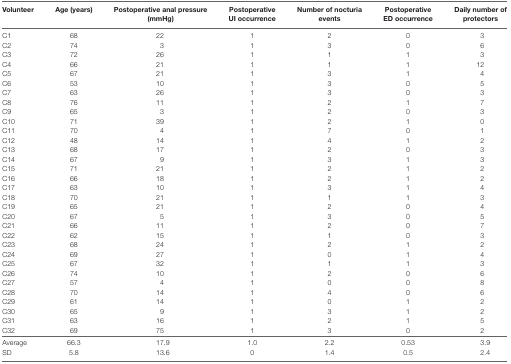
| Volunteer | Age (years) | Postoperative anal pressure (mmHg) | Postoperative UI occurrence | Number of nocturia events | Postoperative ED occurrence | Daily number of protectors |
 | --- | --- | --- | --- | --- | --- | --- |
 | C1 | 68 | 22 | 1 | 2 | 0 | 3 |
 | C2 | 74 | 3 | 1 | 3 | 0 | 6 |
 | C3 | 72 | 26 | 1 | 1 | 1 | 3 |
 | C4 | 66 | 21 | 1 | 1 | 1 | 12 |
 | C5 | 67 | 21 | 1 | 3 | 1 | 4 |
 | C6 | 53 | 10 | 1 | 3 | 0 | 5 |
 | C7 | 63 | 26 | 1 | 3 | 0 | 3 |
 | C8 | 76 | 11 | 1 | 2 | 1 | 7 |
 | C9 | 65 | 3 | 1 | 2 | 0 | 3 |
 | C10 | 71 | 39 | 1 | 2 | 1 | 0 |
 | C11 | 70 | 4 | 1 | 7 | 0 | 1 |
 | C12 | 48 | 14 | 1 | 4 | 1 | 2 |
 | C13 | 68 | 17 | 1 | 2 | 0 | 3 |
 | C14 | 67 | 9 | 1 | 3 | 1 | 3 |
 | C15 | 71 | 21 | 1 | 2 | 1 | 2 |
 | C16 | 66 | 18 | 1 | 2 | 1 | 2 |
 | C17 | 63 | 10 | 1 | 3 | 1 | 4 |
 | C18 | 70 | 21 | 1 | 1 | 1 | 3 |
 | C19 | 65 | 21 | 1 | 2 | 0 | 4 |
 | C20 | 67 | 5 | 1 | 3 | 0 | 5 |
 | C21 | 66 | 11 | 1 | 2 | 0 | 7 |
 | C22 | 62 | 15 | 1 | 1 | 0 | 3 |
 | C23 | 68 | 24 | 1 | 2 | 1 | 2 |
 | C24 | 69 | 27 | 1 | 0 | 1 | 4 |
 | C25 | 67 | 32 | 1 | 1 | 1 | 3 |
 | C26 | 74 | 10 | 1 | 2 | 0 | 6 |
 | C27 | 57 | 4 | 1 | 0 | 0 | 8 |
 | C28 | 70 | 14 | 1 | 4 | 0 | 6 |
 | C29 | 61 | 14 | 1 | 0 | 1 | 2 |
 | C30 | 65 | 9 | 1 | 3 | 1 | 2 |
 | C31 | 63 | 16 | 1 | 2 | 1 | 5 |
 | C32 | 69 | 75 | 1 | 3 | 0 | 2 |
 | Average | 66.3 | 17.9 | 1.0 | 2.2 | 0.53 | 3.9 |
 | SD | 5.8 | 13.6 | 0 | 1.4 | 0.5 | 2.4 |